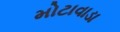
મોટાવાડા